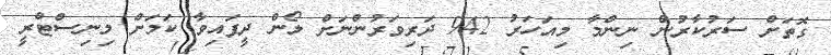
ގޮތަށް ސަރުކާރުން ނިންމާ މިއަހަރު 942 ދަރިވަރުންނަށް ލޯން ދީފައިވާ ކަމަށް މިނިސްޓްރީ